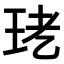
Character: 𤤜